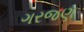
ગરજણ